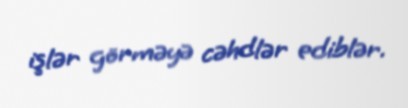
işlər görməyə cəhdlər ediblər.